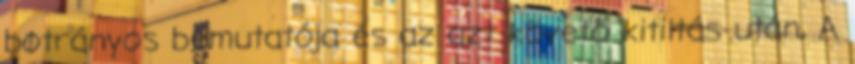
botrányos bemutatója és az azt követő kitiltás után, A